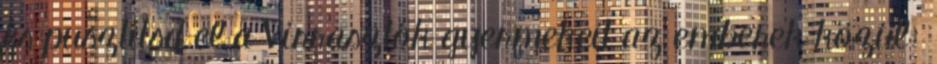
és pusztítsd el a Virrasztók gyermekeit az emberek közül: